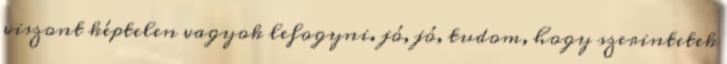
viszont képtelen vagyok lefogyni. jó, jó, tudom, hogy szerintetek